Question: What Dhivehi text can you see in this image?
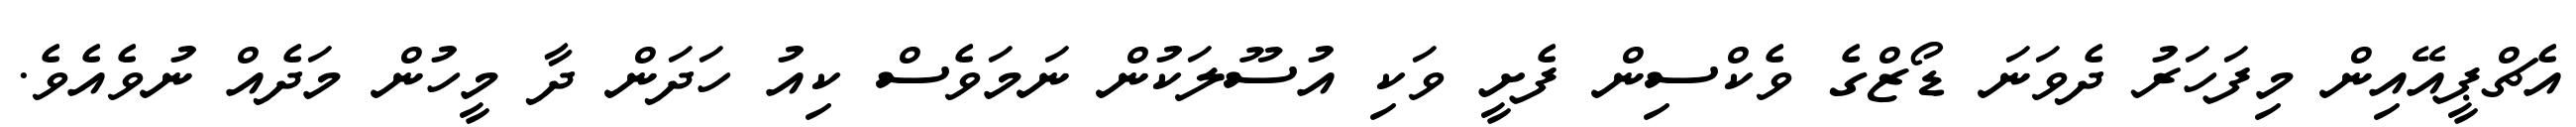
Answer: އެޗްޕީއޭއިން މިފަހަރު ދެވަނަ ޑޯޒްގެ ވެކްސިން ފެށީ ވަކި އުސޫލަކުން ނަމަވެސް ކިއު ހަދަން ދާ މީހުން މަދެއް ނުވެއެވެ.